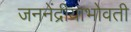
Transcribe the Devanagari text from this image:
जननेंद्रीयाभोवती